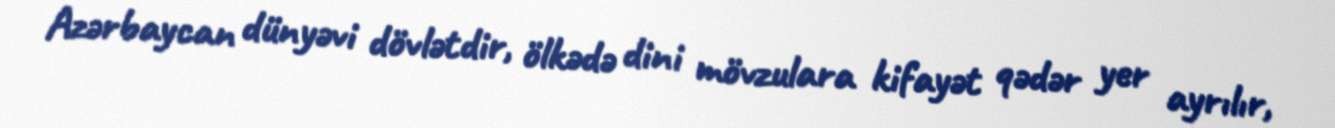
Azərbaycan dünyəvi dövlətdir, ölkədə dini mövzulara kifayət qədər yer ayrılır,